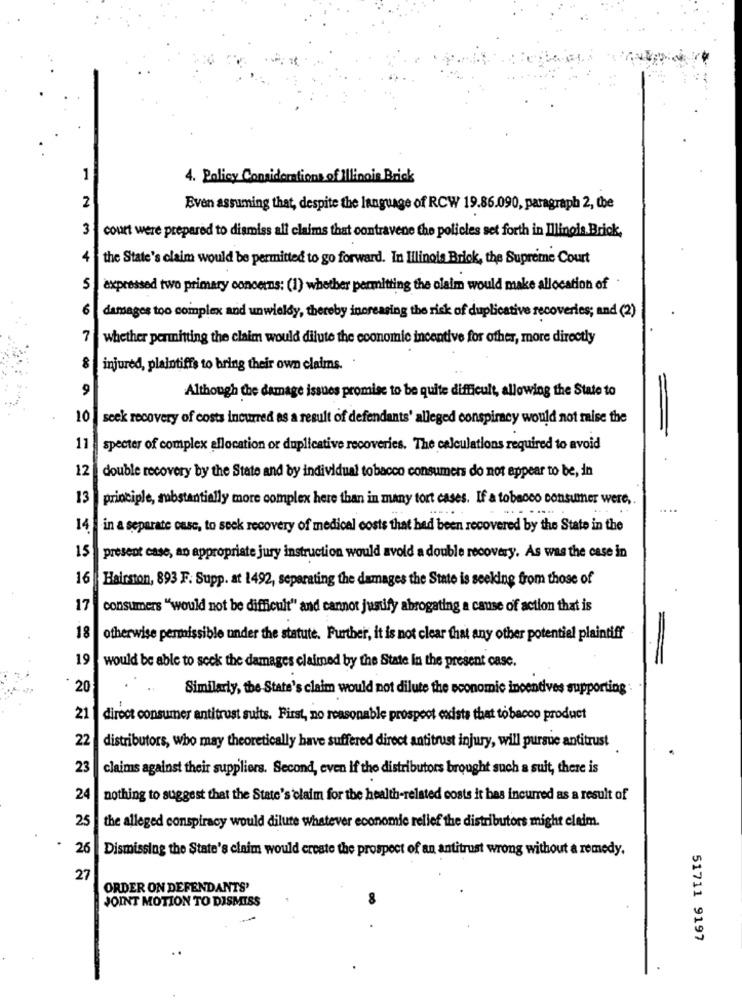
1
4. Policy Considerations of Illinois Brick
2
Even assuming that, despite the language of RCW 19.86.090, paragraph 2, the
3
court were prepared to dismiss all claims that contravene the policies set forth in Illinois. Brick,
4
the State's claim would be permitted to go forward. In Illinois Brick, the Supreme Court
5
expressed two primary concerns: (1) whether permitting the claim would make allocation of
6
damages too complex and unwieldy, thereby increasing the risk of duplicative recoveries; and (2)
7
whether permitting the claim would dilute the economic incentive for other, more directly
8
injured, plaintiffs to bring their own claims.
9
Although the damage issues promise to be quite difficult, allowing the State to
10
seek recovery of costs incurred as a result of defendants' alleged conspiracy would not mise the
=
11
specter of complex allocation or duplicative recoveries. The calculations required to avoid
12
double recovery by the State and by individual tobacco consumers do not appear to be, in
13
principle, substantially more complex here than in many tort cases. If a tobacco consumer were ,.
. .....
14
in a separate case, to seek recovery of medical costs that had been recovered by the State in the
15
present case, an appropriate jury instruction would avoid a double recovery. As was the case in
16
Hairston, 893 F. Supp. at 1492, separating the damages the State is seeking from those of
17
consumers "would not be difficult" and cannot justify abrogating a cause of action that is
18
otherwise permissible under the statute. Further, it is not clear that any other potential plaintiff
19
=
would be able to seck the damages claimed by the State In the present case.
20
Similarly, the State's claim would not dilute the economic incentives supporting
21
direct consumer antitrust suits. First, no reasonable prospect existe that tobacco product
22
distributors, who may theoretically have suffered direct antitrust injury, will pursue antitrust
23
claims against their suppliers. Second, even if the distributors brought such a suit, there is
24
nothing to suggest that the State's claim for the health-related costs it has incurred as a result of
25
the alleged conspiracy would dilute whatever economic relief the distributors might claim.
26
Dismissing the State's claim would create the prospect of an antitrust wrong without a remedy.
27
ORDER ON DEFENDANTS'
JOINT MOTION TO DISMISS
51711 9197